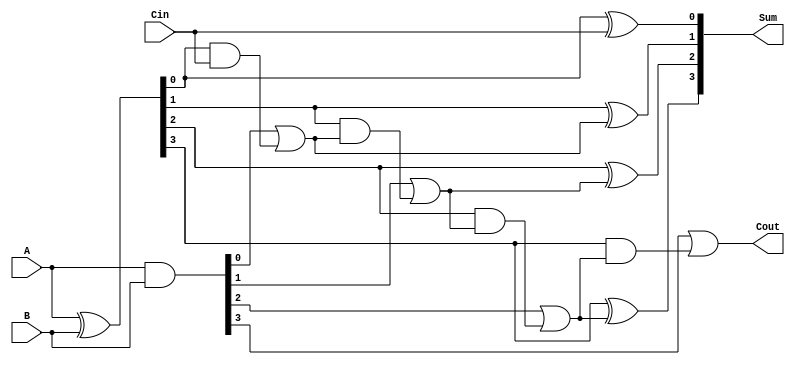
module cla4bit(A,B,Cin,Sum,Cout);
input [3:0] A,B;
input Cin;
output reg[3:0] Sum;
output reg Cout;
reg [3:0] P,G,C;
always @(A or B or Cin)
begin
P=A^B;
G=A&B;
C[0]=(G[0]|(P[0]&Cin));
C[1]=(G[1]|(P[1]&C[0]));
C[2]=(G[2]|(P[2]&C[1]));
C[3]=(G[3]|(P[3]&C[2]));
Cout=C[3];
Sum[0]=P[0]^Cin;
Sum[1]=P[1]^C[0];
Sum[2]=P[2]^C[1];
Sum[3]=P[3]^C[2];
end
endmodule